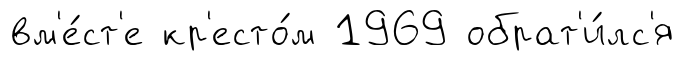
вм'е́ст'е кр'есто́м 1969 обрат'и́лс'я